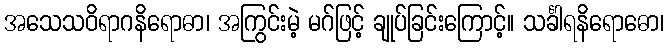
အသေသဝိရာဂနိရောဓာ၊ အကြွင်းမဲ့ မဂ်ဖြင့် ချုပ်ခြင်းကြောင့်။ သင်္ခါရနိရောဓော၊